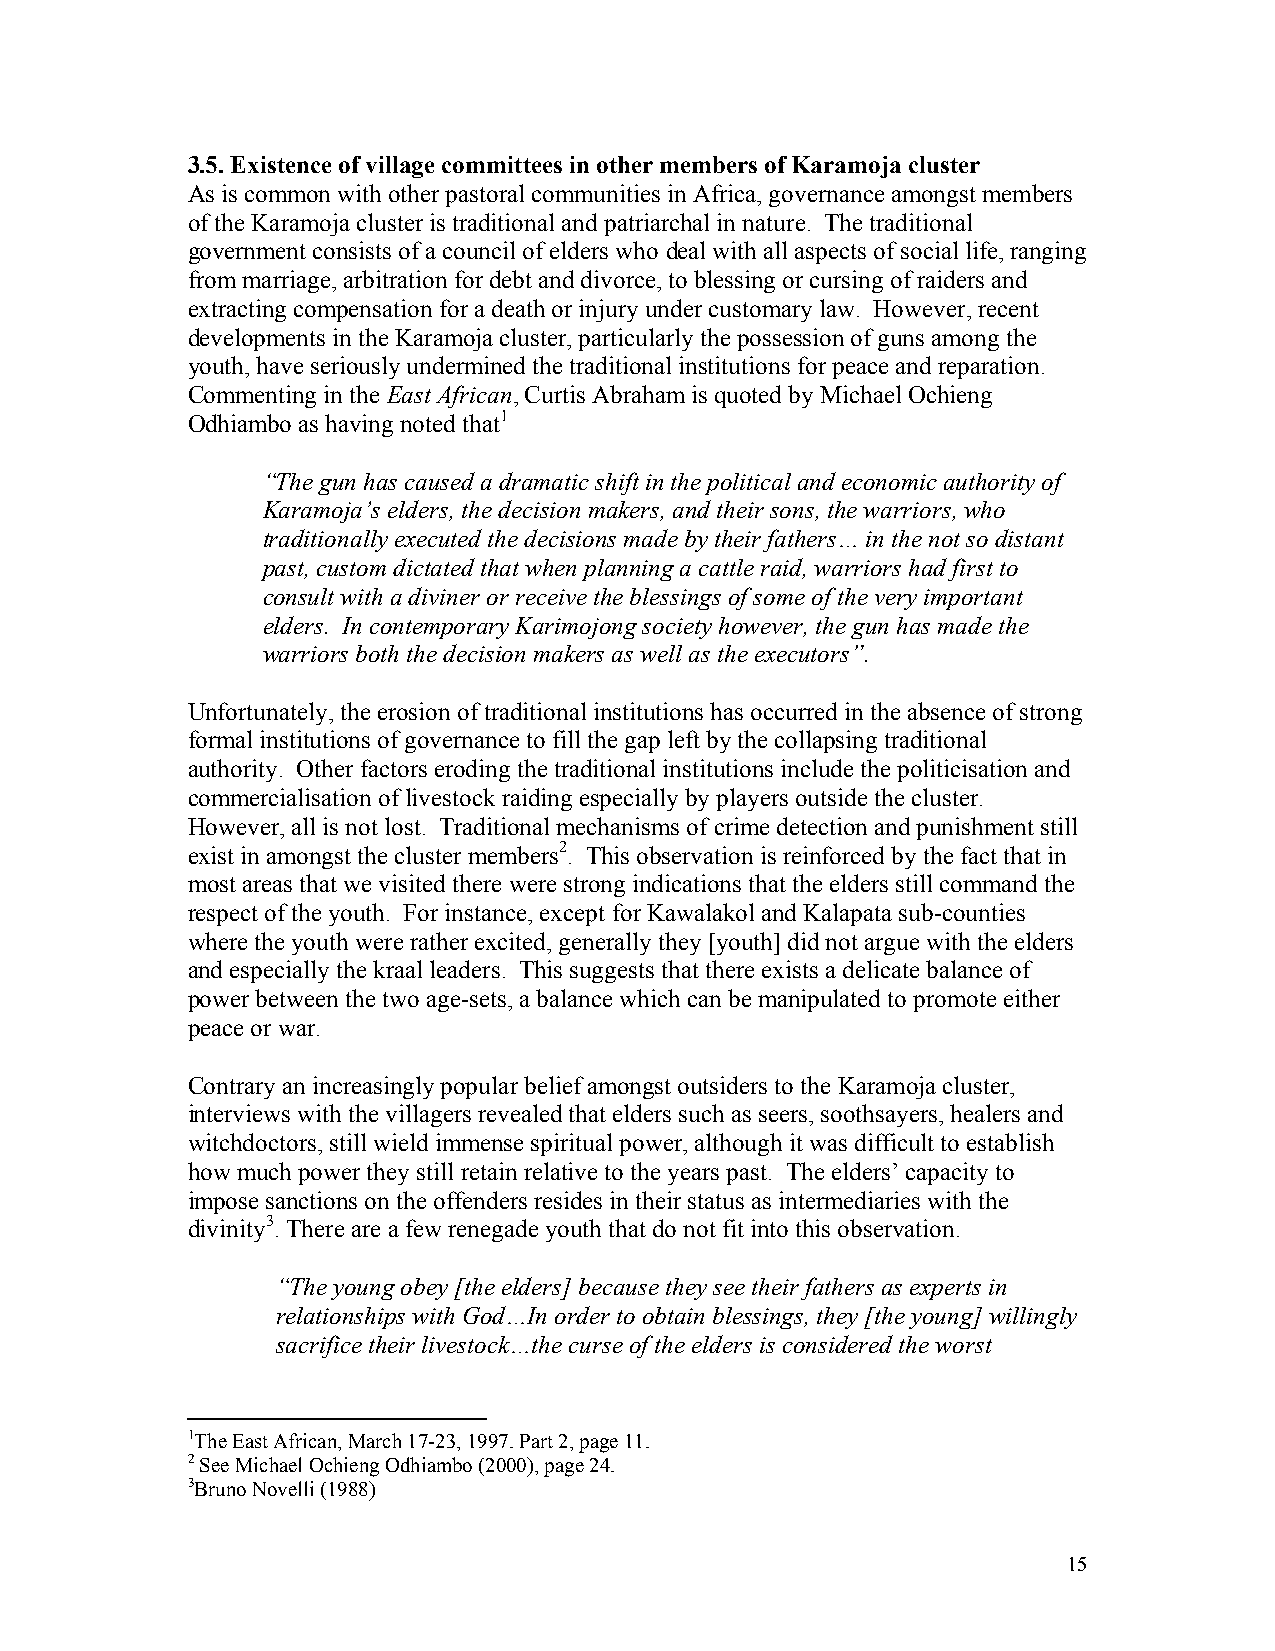
3.5. Existence of village committees in other members of Karamoja cluster
 As is common with other pastoral communities in Africa, governance amongst members
 of the Karamoja cluster is traditional and patriarchal in nature. The traditional
 government consists of a council of elders who deal with all aspects of social life, ranging
 from marriage, arbitration for debt and divorce, to blessing or cursing of raiders and
 extracting compensation for a death or injury under customary law. However, recent
 developments in the Karamoja cluster, particularly the possession of guns among the
 youth, have seriously undermined the traditional institutions for peace and reparation.
 Commenting in the East African, Curtis Abraham is quoted by Michael Ochieng
 Odhiambo as having noted that1
 “The gun has caused a dramatic shift in the political and economic authority of
 Karamoja’s elders, the decision makers, and their sons, the warriors, who
 traditionally executed the decisions made by their fathers… in the not so distant
 past, custom dictated that when planning a cattle raid, warriors had first to
 consult with a diviner or receive the blessings of some of the very important
 elders. In contemporary Karimojong society however, the gun has made the
 warriors both the decision makers as well as the executors”.
 Unfortunately, the erosion of traditional institutions has occurred in the absence of strong
 formal institutions of governance to fill the gap left by the collapsing traditional
 authority. Other factors eroding the traditional institutions include the politicisation and
 commercialisation of livestock raiding especially by players outside the cluster.
 However, all is not lost. Traditional mechanisms of crime detection and punishment still
 exist in amongst the cluster members2. This observation is reinforced by the fact that in
 most areas that we visited there were strong indications that the elders still command the
 respect of the youth. For instance, except for Kawalakol and Kalapata sub-counties
 where the youth were rather excited, generally they [youth] did not argue with the elders
 and especially the kraal leaders. This suggests that there exists a delicate balance of
 power between the two age-sets, a balance which can be manipulated to promote either
 peace or war.
 Contrary an increasingly popular belief amongst outsiders to the Karamoja cluster,
 interviews with the villagers revealed that elders such as seers, soothsayers, healers and
 witchdoctors, still wield immense spiritual power, although it was difficult to establish
 how much power they still retain relative to the years past. The elders’ capacity to
 impose sanctions on the offenders resides in their status as intermediaries with the
 divinity3. There are a few renegade youth that do not fit into this observation.
 “The young obey [the elders] because they see their fathers as experts in
 relationships with God…In order to obtain blessings, they [the young] willingly
 sacrifice their livestock…the curse of the elders is considered the worst
 1The East African, March 17-23, 1997. Part 2, page 11.
 2 See Michael Ochieng Odhiambo (2000), page 24.
 3Bruno Novelli (1988)
 15